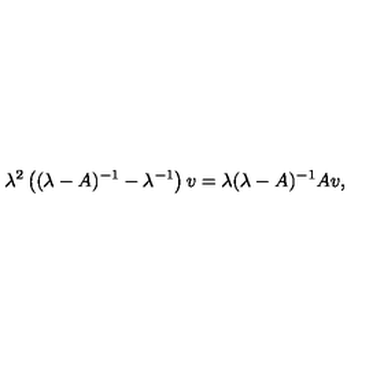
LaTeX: \lambda ^ { 2 } \left( ( \lambda - A ) ^ { - 1 } - \lambda ^ { - 1 } \right) v = \lambda ( \lambda - A ) ^ { - 1 } A v ,